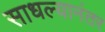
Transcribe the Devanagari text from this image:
साधल्यानंतर